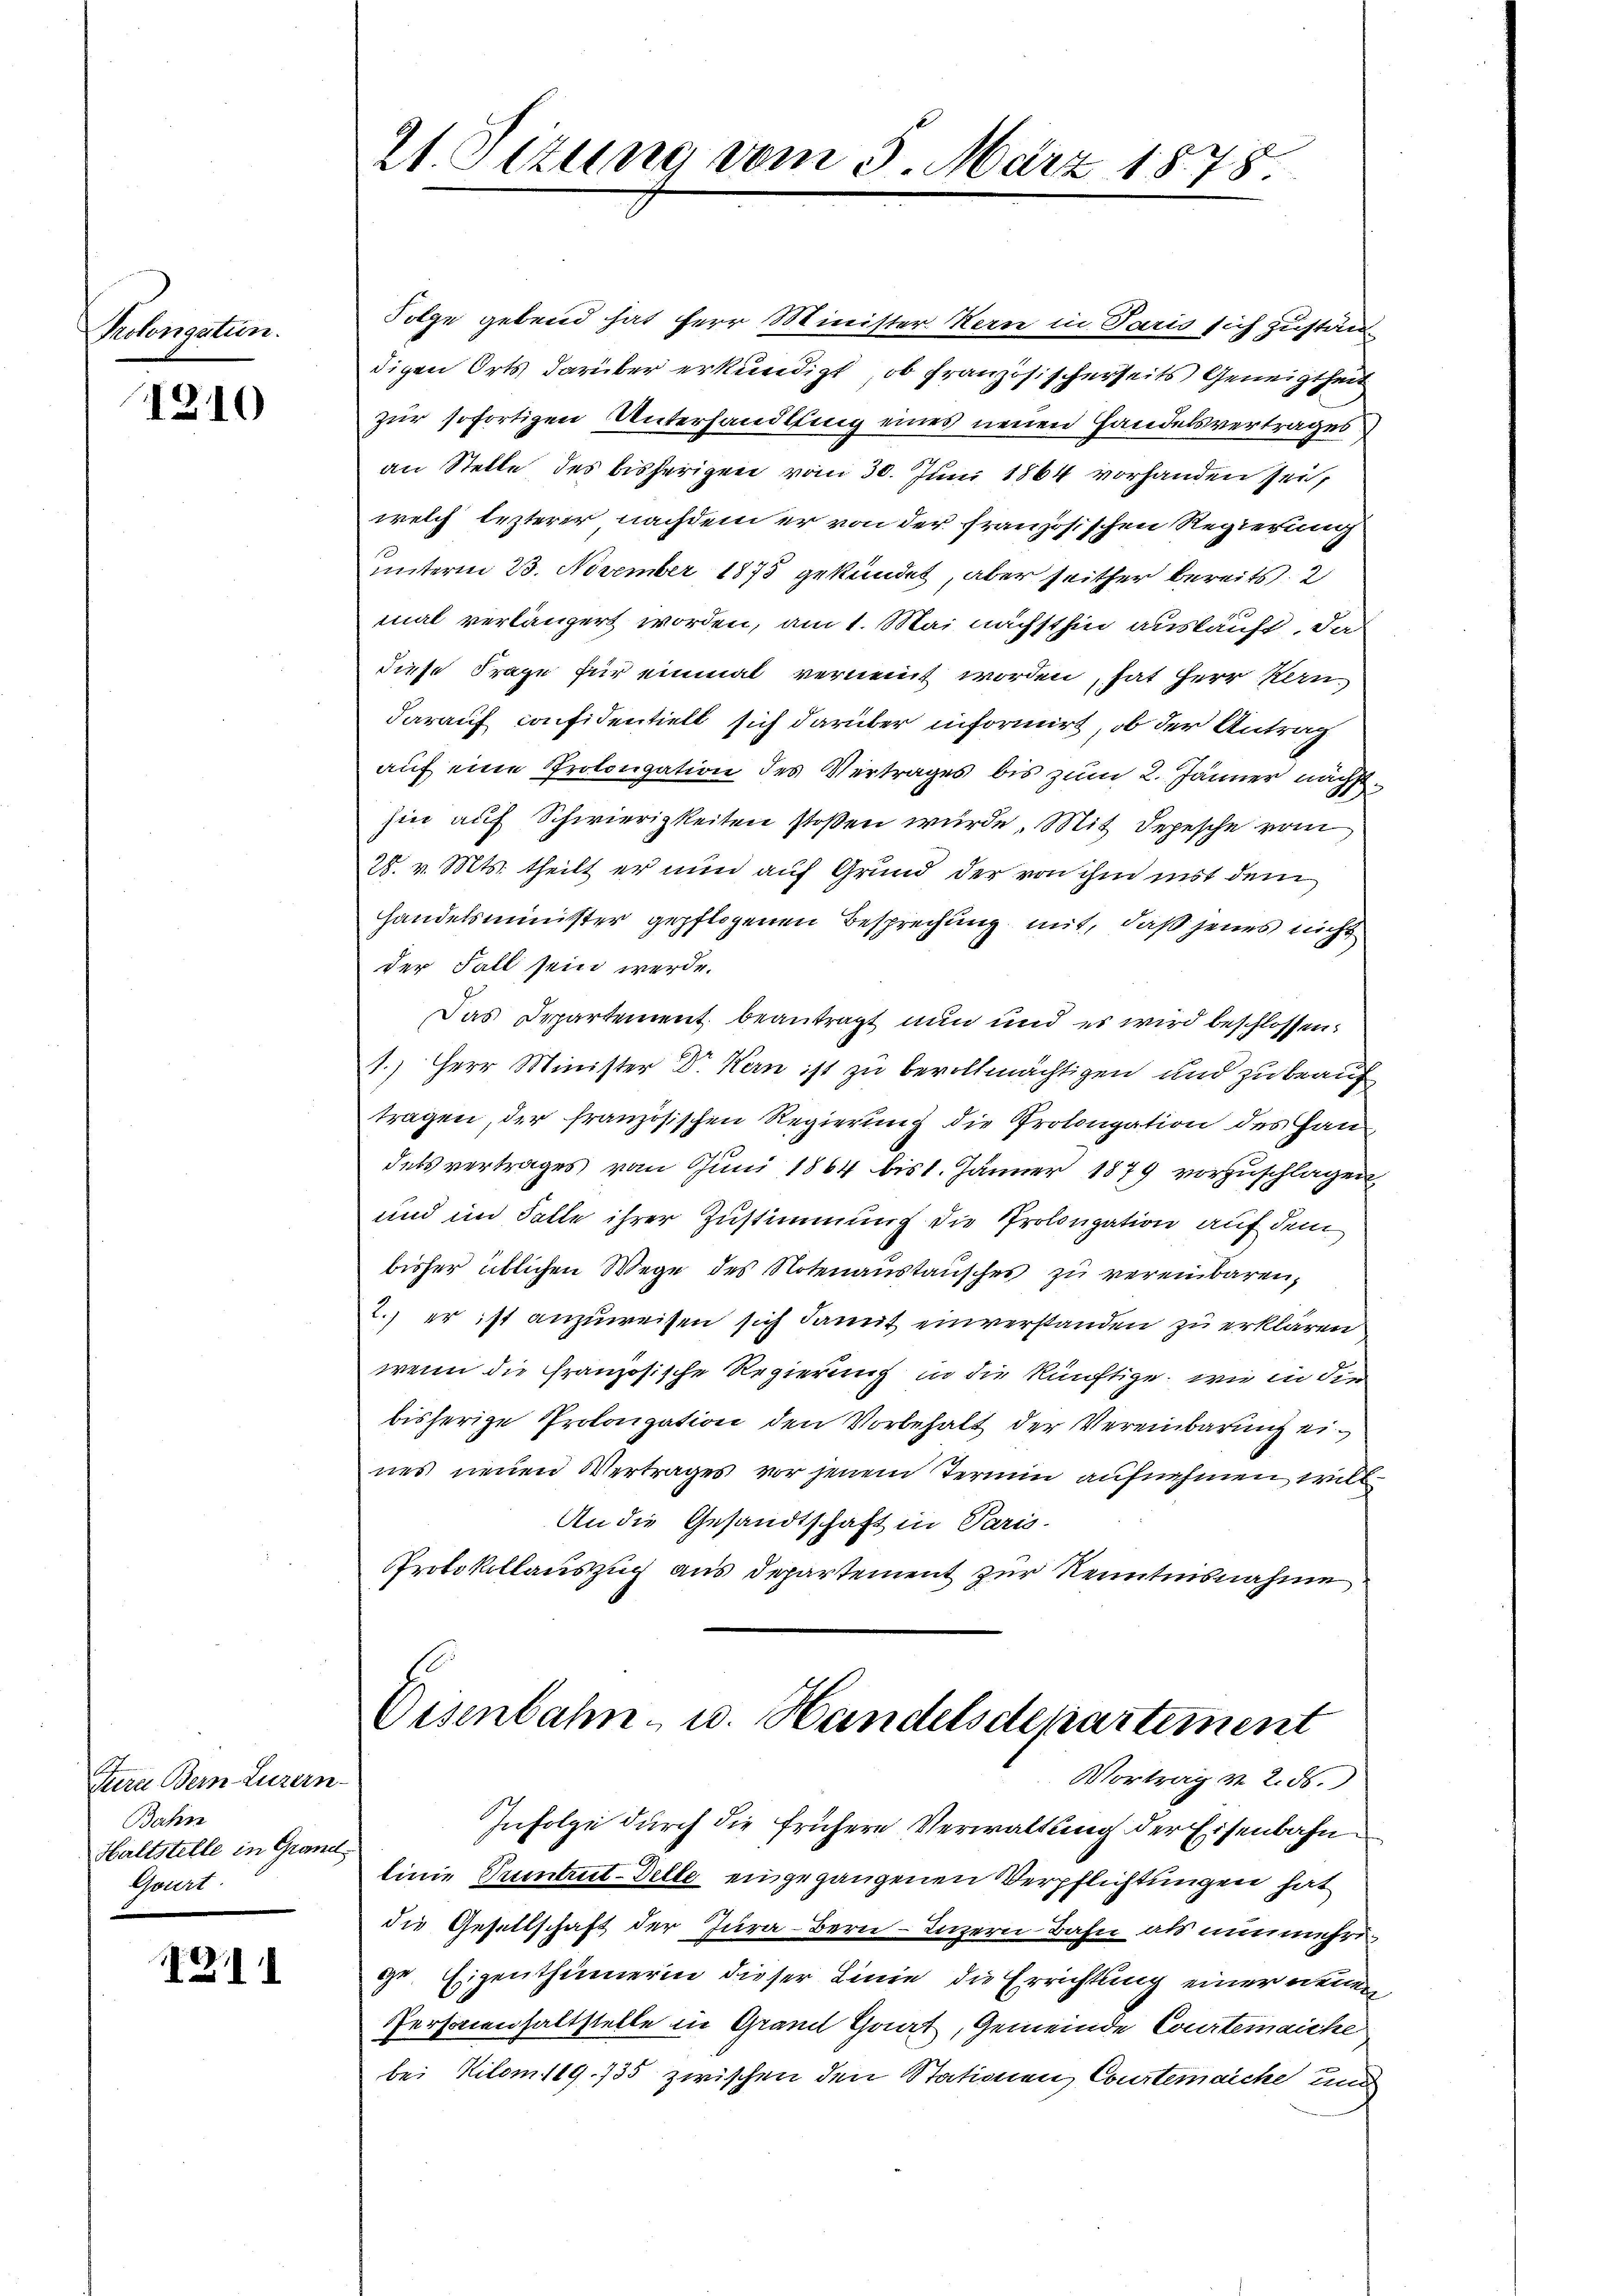
Verlongation.

1810

Jura Bern Luzern
Bahn
Haltstelle in Grand
Gourt

1211

Folge gebend hat Herr Minister Kern in Paris sich zustän
digen Orts darüber erkundigt, ob französischerseits Geneigtheit
zur sofortigen Unterhandlung eines neuen Handelsvertrages
an Stelle des bisherigen vom 30. Juni 1864 vorhanden Zeit
welch lezterer nachdem er von der französischen Regierung
unterm 23. November 1873 gekündet, aber seither bereits 2
mal verlängert worden, am 1. Mai nächsthin auskauft, daß
diese Frage für einmal vernennt worden, hat Herr Kern,
darauf confidentiell sich darüber informirt, ob der Antrag
auf eine Prolongation des Vertrages bis zum 2. Jänner nächsthin auf Schwierigkeiten stoßen wurde. Mit Depesche vom
28. v. Mts. theilt er nun auf Grund der von ihm mit dem
handelsminister gepflogenen Besprechung mit, daß jenes nicht
der Fall sein werde.
Das Departement beantragt nun und es wird beschlossen:
1.) Herr Minister Dr. Kern ist zu bevollmächtigen und zu beauf
tragen, der französischen Regierung die Prolongation des Handels vertrages vom Juni 1864 bis 1. Jänner 1879 vorzuschlagen,
und im Falle ihrer Zustimmung die Prolongation auf dem
bisher üblichen Wege des Notenaustausches zu vereinbaren,
2.) er ist anzuweisen sich damit einverstanden zu erklären
wenn die Französische Regierung in die künftige, wie in die
bisherige Prolongation den Vorbehalt der Vereinbarung eines neuen Vertrages vor jenem Termin aufnahmen, will
An die Gesandtschaft in Paris.
Protokollauszug aus Departement zur Kenntnisnahme

21 Sitzung vom 3. März 1878.

Eisenbahn- u. Handelsdepartement
Vortrag v. 2. 55.

Infolge durch die frühere Verwaltung der Eisenbahn
linie Tuntrut-Telle eingegangenen Verpflichtungen hat
die Gesellschaft der Jura-Bern-Luzern Bahn als nunmehrige. Eigenthümerin dieser Linie die Errichtung einer neuen
Personenhaltstelle in Grand Chart, Gemeinde Courtemaiche
bei Kilom 19. 735 zwischen den Stationen Courtenaiche und